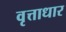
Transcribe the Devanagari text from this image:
वृत्ताधार